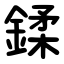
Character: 鍒